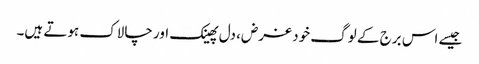
جیسے اس برج کے لوگ خود غرض، دل پھینک اور چالاک ہوتے ہیں۔